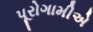
પૂરોગામીએ